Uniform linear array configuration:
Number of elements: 16
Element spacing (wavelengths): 0.5
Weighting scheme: exponential
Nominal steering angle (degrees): -60
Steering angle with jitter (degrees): -61.836
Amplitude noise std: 0.05
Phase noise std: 0.05

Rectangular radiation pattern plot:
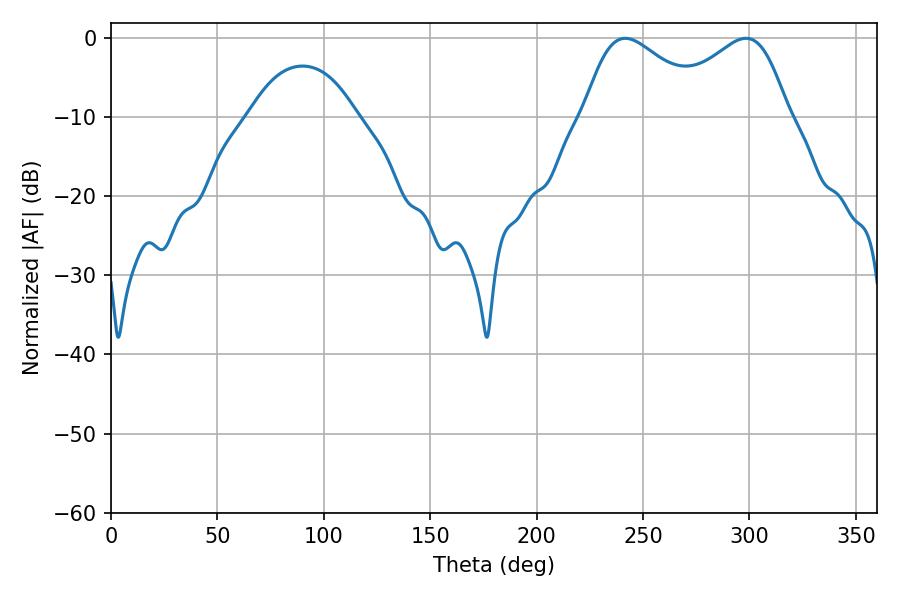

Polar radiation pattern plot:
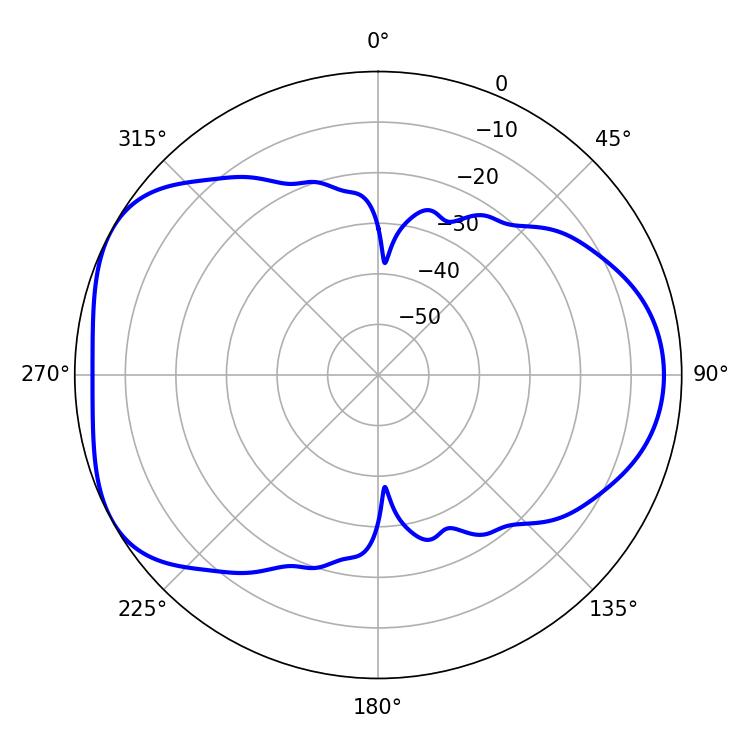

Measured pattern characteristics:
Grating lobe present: FALSE
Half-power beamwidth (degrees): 31.86
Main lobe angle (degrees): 241.56